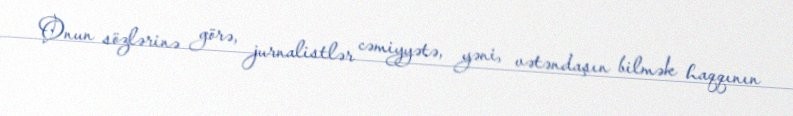
Onun sözlərinə görə, jurnalistlər cəmiyyətə, yəni, vətəndaşın bilmək haqqının